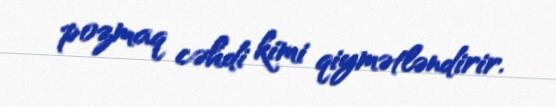
pozmaq cəhdi kimi qiymətləndirir.